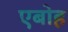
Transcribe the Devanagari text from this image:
एबोह